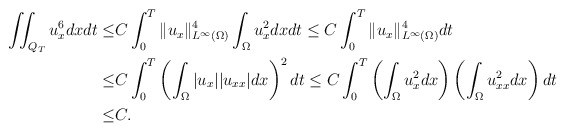
\begin{align*} \iint_{Q_T} u_x^6dxdt\leq& C\int_0^T\|u_x\|_{L^\infty(\Omega)}^4\int_\Omega u_x^2dx dt\leq C\int_0^T\|u_x\|_{L^\infty(\Omega)}^4 dt\\ \leq& C\int_0^T\left(\int_\Omega|u_x||u_{xx}|dx\right)^2 dt\leq C\int_0^T\left(\int_\Omega u_x^2dx\right)\left(\int_\Omega u_{xx}^2dx\right)dt\\ \leq& C.\end{align*}